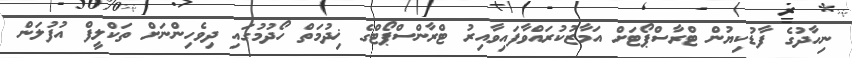
ނިހާދުގެ ފާޑުކިޔުން ޓްރާސްޕޯޓަށް އަމާޒުކުރައްވާފައިވާއިރު ޓްރާންސްޕޯޓްގެ ޚިދުމަތް ހޯދުމުގައި ދިވެހިންނަށް ތަކްލީފް އުފުލަން